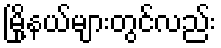
မြို့နယ်များတွင်လည်း